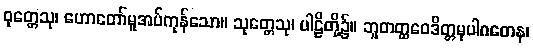
ဝုတ္တေသု၊ ဟောတော်မူအပ်ကုန်သော။ သုတ္တေသု၊ ပါဠိတို့၌။ ဘူတတ္ထဝေဒိတ္တမုပါဂတေန၊